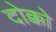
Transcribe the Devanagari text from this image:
दोक्को